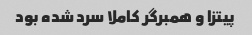
پیتزا و همبرگر کاملا سرد شده بود